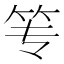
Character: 𰩮